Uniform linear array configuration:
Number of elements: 24
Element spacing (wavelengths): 1
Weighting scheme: kaiser
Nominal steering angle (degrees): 60
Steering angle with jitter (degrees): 58.093
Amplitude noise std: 0.05
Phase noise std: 0.05

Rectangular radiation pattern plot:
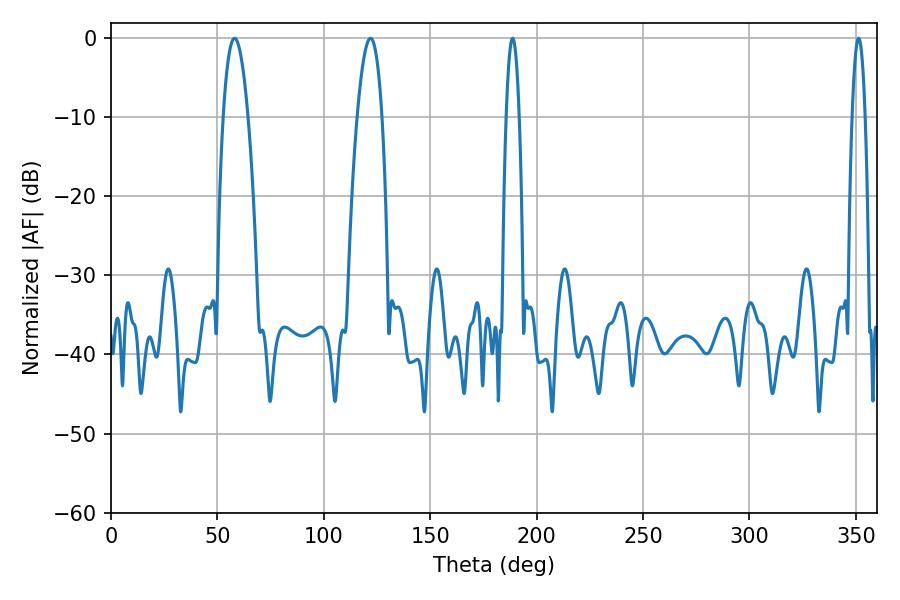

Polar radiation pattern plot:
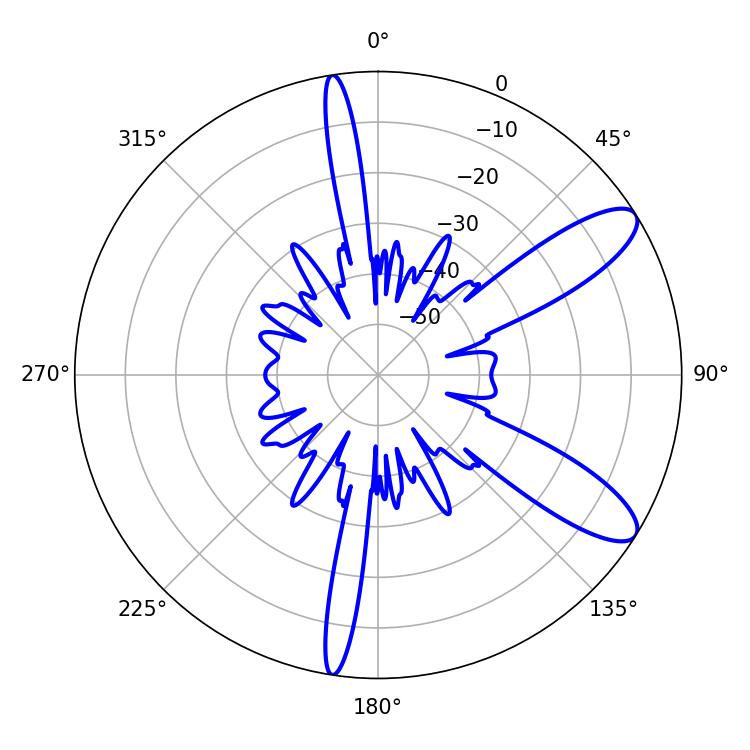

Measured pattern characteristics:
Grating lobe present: TRUE
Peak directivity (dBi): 10.315
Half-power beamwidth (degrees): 6.3
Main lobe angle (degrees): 58.14